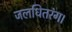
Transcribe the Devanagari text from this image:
जलधितरंग।